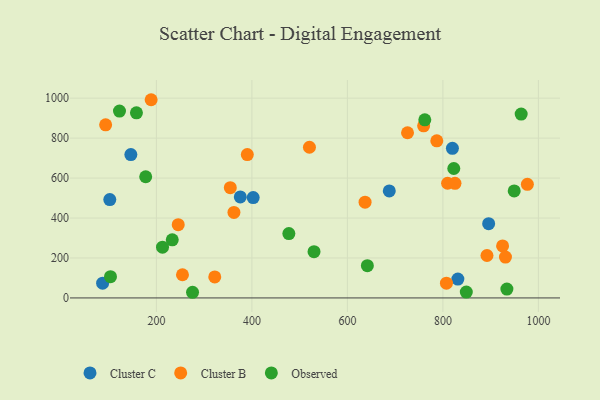
{"axis": {"x": "Study Hours", "y": "Demand"}, "legend": ["Cluster B", "Cluster C", "Observed"], "data": [{"x": "87.4", "y": 74.0, "type": "Cluster C"}, {"x": "375.7", "y": 505.8, "type": "Cluster C"}, {"x": "687.7", "y": 535.6, "type": "Cluster C"}, {"x": "402.7", "y": 502.3, "type": "Cluster C"}, {"x": "102.4", "y": 492.6, "type": "Cluster C"}, {"x": "831.3", "y": 94.3, "type": "Cluster C"}, {"x": "146.5", "y": 717.5, "type": "Cluster C"}, {"x": "819.9", "y": 748.7, "type": "Cluster C"}, {"x": "895.8", "y": 371.7, "type": "Cluster C"}, {"x": "925.0", "y": 260.1, "type": "Cluster B"}, {"x": "807.4", "y": 73.9, "type": "Cluster B"}, {"x": "520.5", "y": 754.2, "type": "Cluster B"}, {"x": "725.9", "y": 826.8, "type": "Cluster B"}, {"x": "892.3", "y": 212.5, "type": "Cluster B"}, {"x": "390.4", "y": 717.6, "type": "Cluster B"}, {"x": "809.8", "y": 574.1, "type": "Cluster B"}, {"x": "189.0", "y": 992.2, "type": "Cluster B"}, {"x": "759.6", "y": 861.3, "type": "Cluster B"}, {"x": "825.3", "y": 573.7, "type": "Cluster B"}, {"x": "354.8", "y": 551.7, "type": "Cluster B"}, {"x": "931.0", "y": 204.6, "type": "Cluster B"}, {"x": "637.0", "y": 479.4, "type": "Cluster B"}, {"x": "787.2", "y": 786.3, "type": "Cluster B"}, {"x": "976.9", "y": 568.6, "type": "Cluster B"}, {"x": "254.6", "y": 116.0, "type": "Cluster B"}, {"x": "362.4", "y": 427.9, "type": "Cluster B"}, {"x": "322.2", "y": 105.1, "type": "Cluster B"}, {"x": "245.7", "y": 366.7, "type": "Cluster B"}, {"x": "93.7", "y": 866.7, "type": "Cluster B"}, {"x": "477.4", "y": 322.2, "type": "Observed"}, {"x": "158.2", "y": 926.6, "type": "Observed"}, {"x": "641.8", "y": 161.7, "type": "Observed"}, {"x": "233.2", "y": 290.7, "type": "Observed"}, {"x": "822.8", "y": 647.9, "type": "Observed"}, {"x": "949.3", "y": 535.5, "type": "Observed"}, {"x": "963.9", "y": 920.3, "type": "Observed"}, {"x": "122.7", "y": 935.6, "type": "Observed"}, {"x": "849.0", "y": 29.5, "type": "Observed"}, {"x": "762.1", "y": 891.4, "type": "Observed"}, {"x": "275.7", "y": 28.3, "type": "Observed"}, {"x": "934.0", "y": 44.3, "type": "Observed"}, {"x": "530.1", "y": 231.7, "type": "Observed"}, {"x": "212.8", "y": 253.9, "type": "Observed"}, {"x": "103.9", "y": 106.2, "type": "Observed"}, {"x": "177.6", "y": 606.7, "type": "Observed"}]}